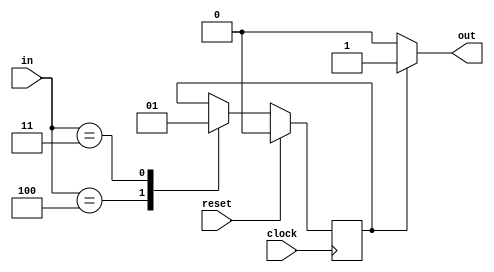

/* 
 * Finite State Machine 1 Verilog example (iverilog 10.1)
 *
 * Required behavior:
 * 1. One input & one output
 * 2. Sets '1' on the output after input is set to '011' and keeps until input sequence changes to '100'
 * 3. System works in a continuous manner
 */
 
 module fsm
 (
     input clock,
     input reset,
     output reg out,
     input [2:0] in
 );

    reg state;

    parameter IN_1 = 3'b011;
    parameter IN_0 = 3'b100;

    parameter S0 = 0;
    parameter S1 = 1;

    always @ (posedge(clock))
    if (reset)
        state <= S0;
    else
        begin
            case (in)
                IN_0:
                    begin
                        state <= S0;
                    end
                IN_1:
                    begin
                        state <= S1;
                    end
                default:
                    state <= state; 
            endcase
        end   

    always @ (*)
    if (state == S1)
        out <= 1;
    else
        out <= 0;


endmodule